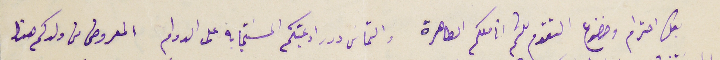
بكل احترام وخضوع التقدم للثم اناملكم الطاهرة والتماس درر ادعيتكم المسَتجابة على الدوام المعروض من ولدكم هذا